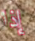
إذا